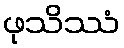
ဖုသိဿံ